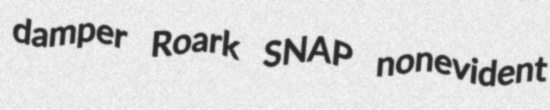
damper Roark SNAP nonevident